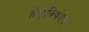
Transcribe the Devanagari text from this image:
हेतूविषेयक